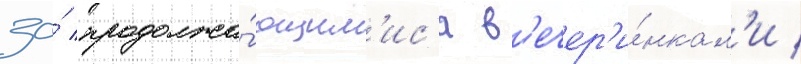
за́ продолжа́ющим'ис'я в'ечер'и́нкам'и /